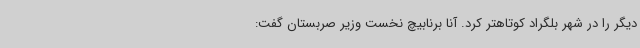
دیگر را در شهر بلگراد کوتاهتر کرد. آنا برنابیچ نخست وزیر صربستان گفت: